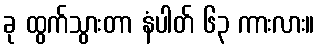
ခု ထွက်သွားတာ နံပါတ် ၆၃ ကားလား။